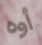
أوه